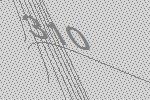
310